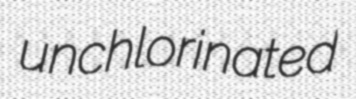
unchlorinated